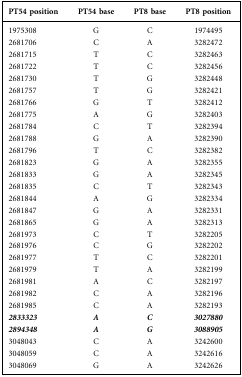
<table><thead><tr><td><b>PT54 position</b></td><td><b>PT54 base</b></td><td><b>PT8 base</b></td><td><b>PT8 position</b></td></tr></thead><tbody><tr><td>1975308</td><td>G</td><td>C</td><td>1974495</td></tr><tr><td>2681706</td><td>C</td><td>A</td><td>3282472</td></tr><tr><td>2681715</td><td>T</td><td>C</td><td>3282463</td></tr><tr><td>2681722</td><td>T</td><td>C</td><td>3282456</td></tr><tr><td>2681730</td><td>T</td><td>G</td><td>3282448</td></tr><tr><td>2681757</td><td>T</td><td>G</td><td>3282421</td></tr><tr><td>2681766</td><td>G</td><td>T</td><td>3282412</td></tr><tr><td>2681775</td><td>A</td><td>G</td><td>3282403</td></tr><tr><td>2681784</td><td>C</td><td>T</td><td>3282394</td></tr><tr><td>2681788</td><td>G</td><td>A</td><td>3282390</td></tr><tr><td>2681796</td><td>T</td><td>C</td><td>3282382</td></tr><tr><td>2681823</td><td>G</td><td>A</td><td>3282355</td></tr><tr><td>2681833</td><td>G</td><td>A</td><td>3282345</td></tr><tr><td>2681835</td><td>C</td><td>T</td><td>3282343</td></tr><tr><td>2681844</td><td>A</td><td>G</td><td>3282334</td></tr><tr><td>2681847</td><td>G</td><td>A</td><td>3282331</td></tr><tr><td>2681865</td><td>G</td><td>A</td><td>3282313</td></tr><tr><td>2681973</td><td>C</td><td>T</td><td>3282205</td></tr><tr><td>2681976</td><td>C</td><td>G</td><td>3282202</td></tr><tr><td>2681977</td><td>T</td><td>C</td><td>3282201</td></tr><tr><td>2681979</td><td>T</td><td>A</td><td>3282199</td></tr><tr><td>2681981</td><td>A</td><td>C</td><td>3282197</td></tr><tr><td>2681982</td><td>C</td><td>A</td><td>3282196</td></tr><tr><td>2681985</td><td>C</td><td>A</td><td>3282193</td></tr><tr><td><i><b>2833323</b></i></td><td><i><b>A</b></i></td><td><i><b>C</b></i></td><td><i><b>3027880</b></i></td></tr><tr><td><i><b>2894348</b></i></td><td><i><b>A</b></i></td><td><i><b>G</b></i></td><td><i><b>3088905</b></i></td></tr><tr><td>3048043</td><td>C</td><td>A</td><td>3242600</td></tr><tr><td>3048059</td><td>C</td><td>A</td><td>3242616</td></tr><tr><td>3048069</td><td>G</td><td>A</td><td>3242626</td></tr></tbody></table>